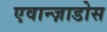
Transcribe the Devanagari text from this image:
एवान्ज़ाडोस